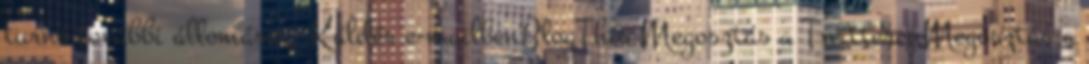
turné további állomásai: Küldés e-mailbenBlogThis Megosztás a TwitterenMegosztás a